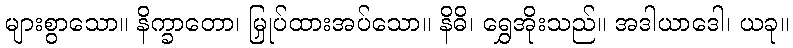
များစွာသော။ နိက္ခာတော၊ မြှုပ်ထားအပ်သော။ နိဓိ၊ ရွှေအိုးသည်။ အဒါယာဒေါ၊ ယခု။